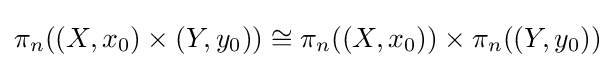
\pi _{n}((X,x_{0})\times (Y,y_{0}))\cong \pi _{n}((X,x_{0}))\times \pi _{n}((Y,y_{0}))